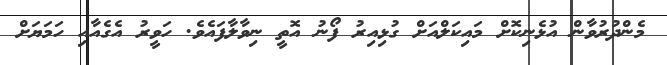
މެންދުރުވާން އުޅެނިކޮށް މައިކަލްއަށް ގުޅިއިރު ފޯނު އޮތީ ނިވާލާފައެވެ. ހަވީރު އެގެއާއި ހަމަޔަށް